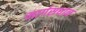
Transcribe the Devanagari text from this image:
मार्गसधान